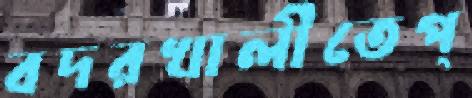
বদরখালীতেপ্